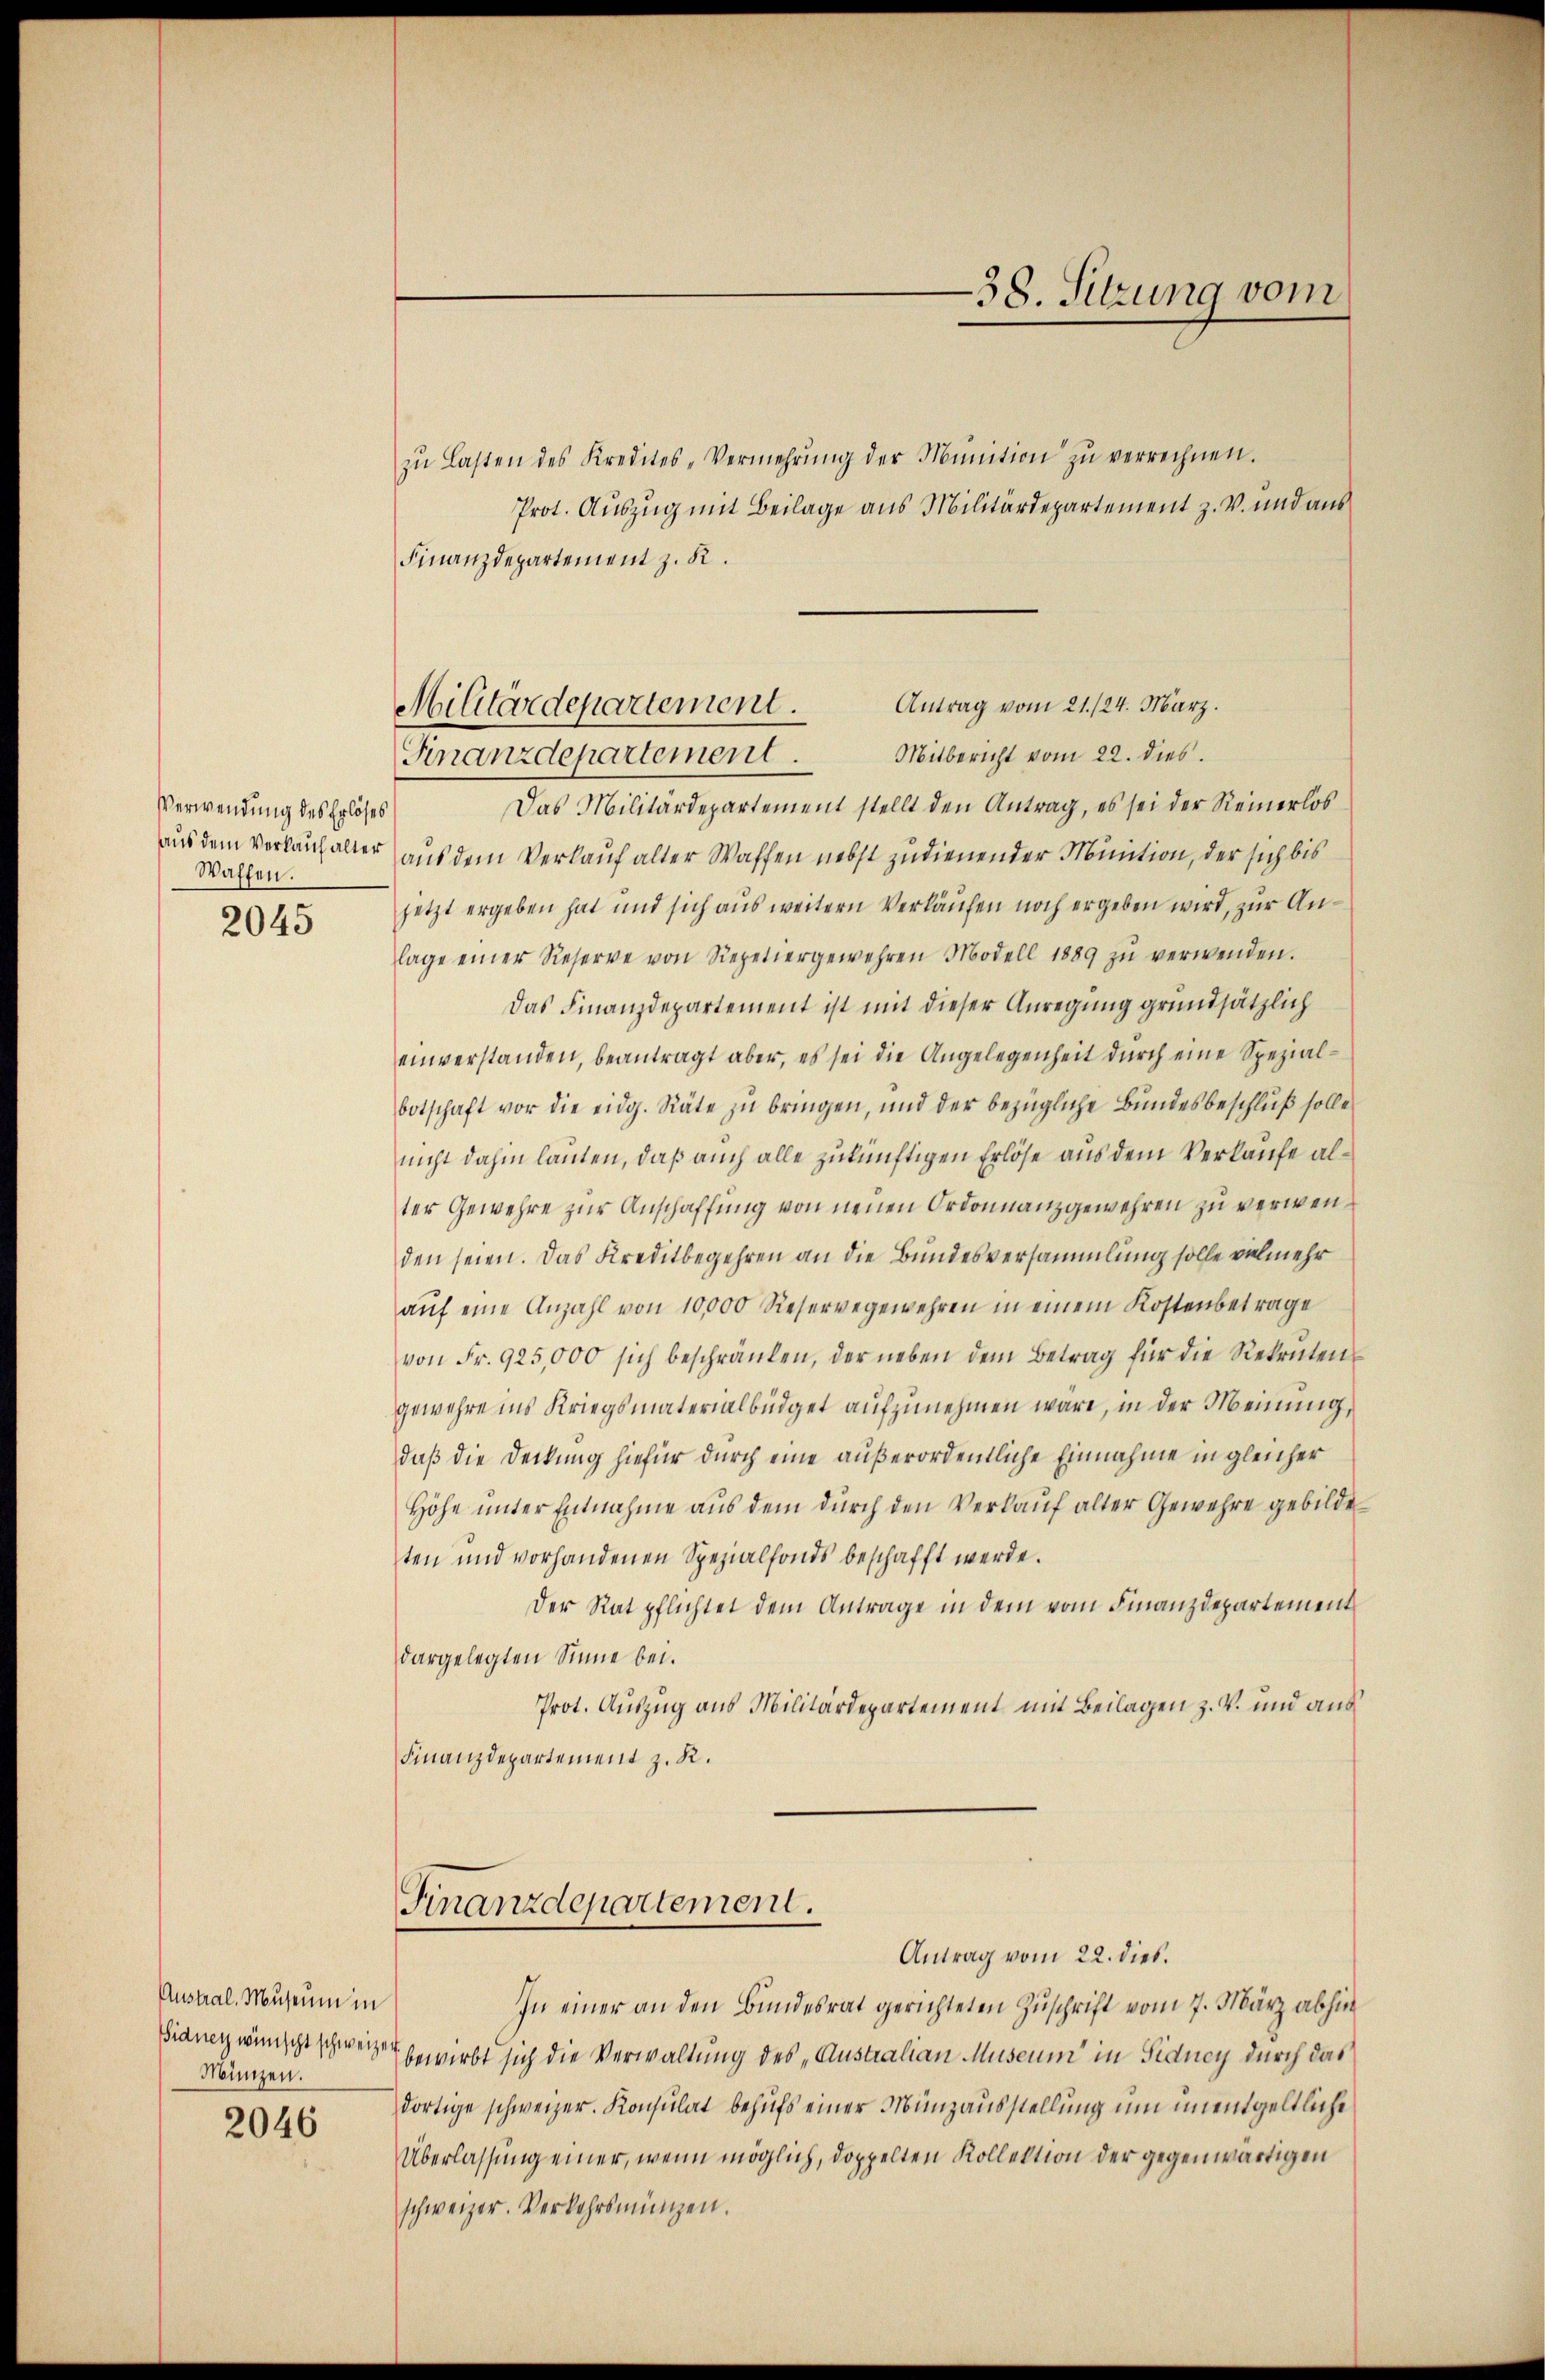
Verwendung des Erlöses
Waffen.

2045

Austral, Museum in
Münzen.

2046

zŭ lasten des Kredites-Vermehrŭng der Munition zŭ verrechnen.
Prot. Auszug mit Beilage aus Militärdepartement z. B. und aus
Finanzdepartement z. K.
Das Militärdepartement stellt den Antrag, es sei der Reinerlos
aus dem Verlaich alter aus dem Verkauf alter Waffen nebst zudienender Minition, der sich bis
jetzt ergeben hat und sich aus weitern Verläufen noch ergeben wird, zur Anlage einer Reserve von Repetiergewehren Modell 1889 zŭ verwenden.
Das Finanzdepartement ist mit dieser Anregung grundsätzlich
einverstanden, beantragt aber, es sei die Angelegenheit durch eine Spezialbotschaft vor die eidg. Räte zu bringen, und der bezügliche Bundesbeschluß solle
nicht dahin lauten, daß auch alle zukünftigen Erlöse aus dem Verlaufe alter Gewehre zur Anschaffung von neuen Ordonnanzgewehren zu verwenden seien. Das Kreditbegehren an die Bundesversammlung solle vielmehr
aŭf eine Anzahl von 10,000 Reservegewehren in einem Kostenbetrage
von Fr. 925,000 sich beschränken, der neben dem Betrag für die Rekruten-
gewehre ins Kriegsmaterialbüdget aufzunehmen wäre, in der Meinung
daß die Deckung hiefür durch eine außerordentliche Einnahme in gleicher
Höhe unter Entnahme aus dem durch den Verkauf alter Gewehre gebilde
ten und vorhandenen Spezialfonds beschafft werde.
Der Rat pflichtet dem Antrage in dem vom Finanzdepartement
dargelegten Sinne bei.
Prot. Auszug aus Militärdepartement mit Beilagen z. V. und aus
Finanzdepartement z. R.

38. Sitzung vom

Antrag vom 21./24. März.
Militärdepartement.
Mitbericht vom 22. dies
Finanzdepartement.

Finanzdepartement.

In einer an den Bundesrat gerichteten Zuschrift vom 7. März abhin
Sidney wünscht schweizer bewirbt sich die Verwaltung des „Australian Museum in Fiducy durch das
dortige schweizer. Konsulat behufs einer Münzausstellung um unentgeltliche
Überlassung einer, wenn möglich, doppelten Kollektion der gegenwärtigen
schweizer. Verkehrsmünzen.

Antrag vom 22. dies.